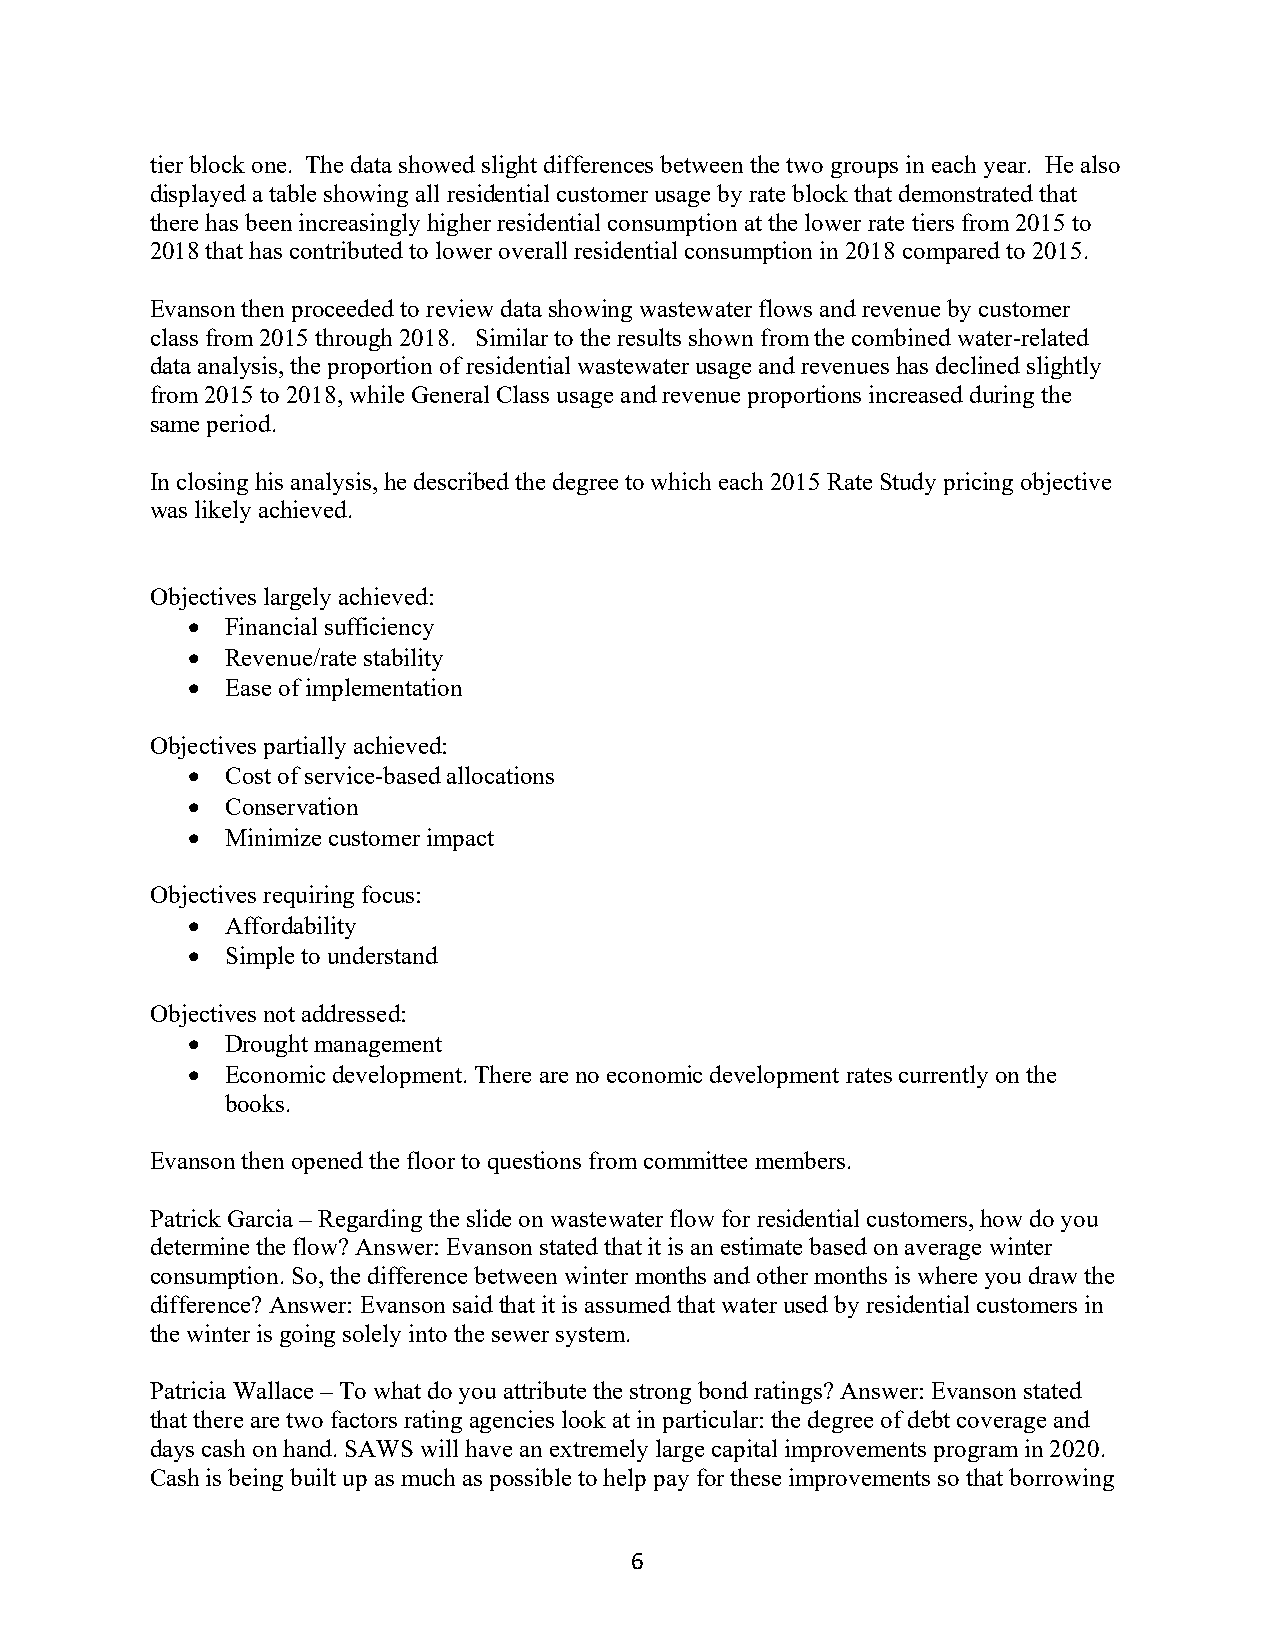
tier block one. The data showed slight differences between the two groups in each year. He also
 displayed a table showing all residential customer usage by rate block that demonstrated that
 there has been increasingly higher residential consumption at the lower rate tiers from 2015 to
 2018 that has contributed to lower overall residential consumption in 2018 compared to 2015.
 Evanson then proceeded to review data showing wastewater flows and revenue by customer
 class from 2015 through 2018. Similar to the results shown from the combined water-related
 data analysis, the proportion of residential wastewater usage and revenues has declined slightly
 from 2015 to 2018, while General Class usage and revenue proportions increased during the
 same period.
 In closing his analysis, he described the degree to which each 2015 Rate Study pricing objective
 was likely achieved.
 Objectives largely achieved:
   Financial sufficiency
   Revenue/rate stability
   Ease of implementation
 Objectives partially achieved:
   Cost of service-based allocations
   Conservation
   Minimize customer impact
 Objectives requiring focus:
   Affordability
   Simple to understand
 Objectives not addressed:
   Drought management
   Economic development. There are no economic development rates currently on the
 books.
 Evanson then opened the floor to questions from committee members.
 Patrick Garcia – Regarding the slide on wastewater flow for residential customers, how do you
 determine the flow? Answer: Evanson stated that it is an estimate based on average winter
 consumption. So, the difference between winter months and other months is where you draw the
 difference? Answer: Evanson said that it is assumed that water used by residential customers in
 the winter is going solely into the sewer system.
 Patricia Wallace – To what do you attribute the strong bond ratings? Answer: Evanson stated
 that there are two factors rating agencies look at in particular: the degree of debt coverage and
 days cash on hand. SAWS will have an extremely large capital improvements program in 2020.
 Cash is being built up as much as possible to help pay for these improvements so that borrowing
 6